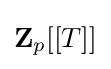
\mathbf {Z} _{p}[[T]]